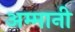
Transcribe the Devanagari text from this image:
अम्मानी